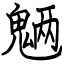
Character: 魉